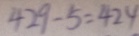
4 2 9 - 5 = 4 2 4